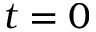
t = 0